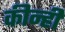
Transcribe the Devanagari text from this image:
कीन्‍ही